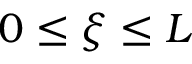
0 \le \xi \le L